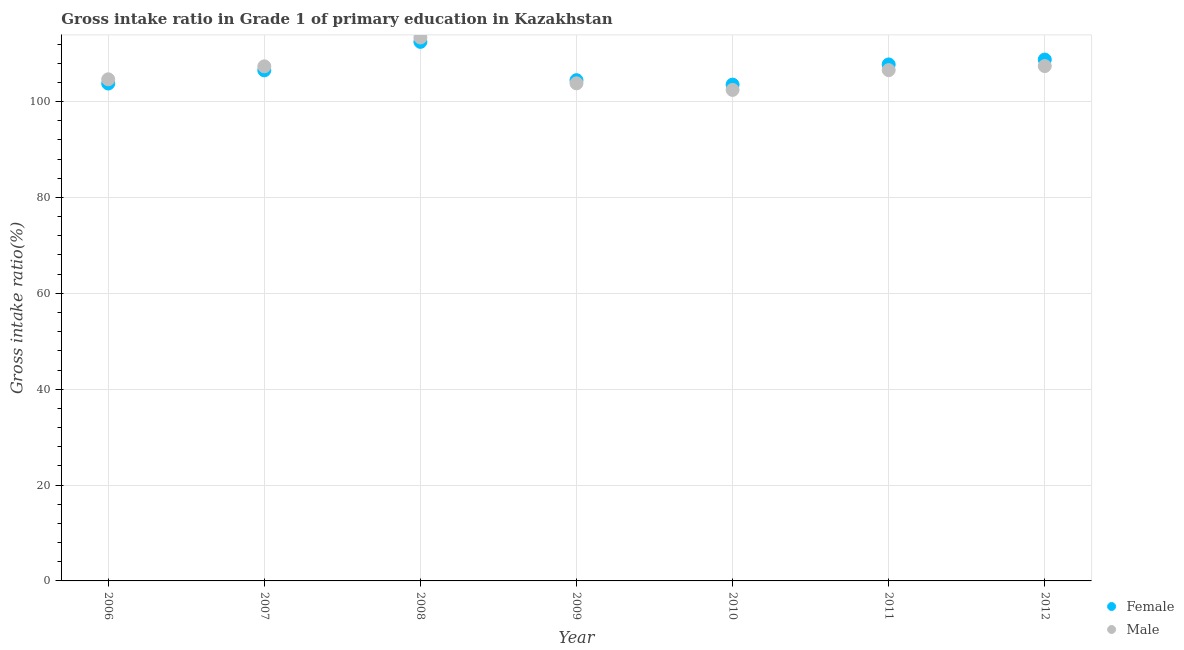
| Year | Female | Male |
 | --- | --- | --- |
 | 2006 | 104 | 105 |
 | 2007 | 107 | 107 |
 | 2008 | 112 | 113 |
 | 2009 | 104 | 104 |
 | 2010 | 104 | 102 |
 | 2011 | 108 | 107 |
 | 2012 | 109 | 107 |